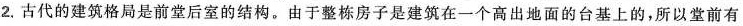
2.古代的建筑格局是前堂后室的结构。由于整栋房子是建筑在一个高出地面的台基上的，所以堂前有